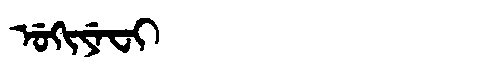
Manchu: ᡠᡴᡳᠶᡝᠸᡳ
Romanization: UKIYEFI